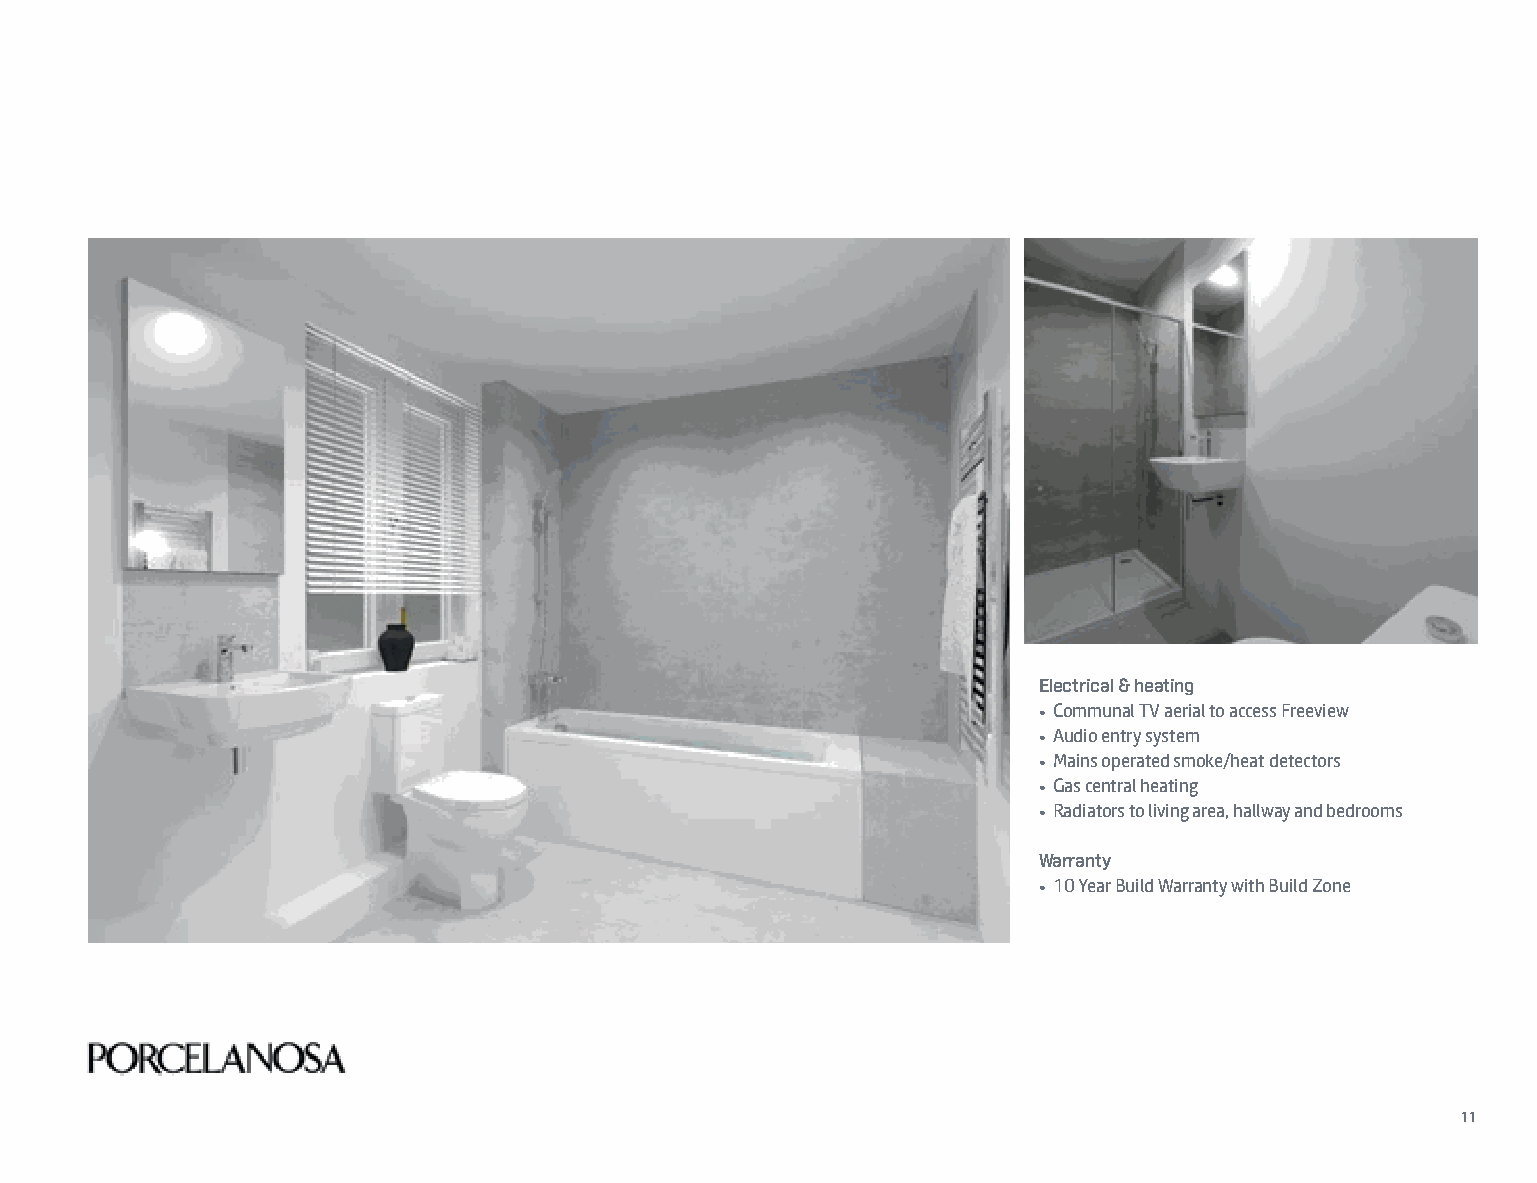
Electrical & heating
 • Communal TV aerial to access Freeview
 • Audio entry system
 • Mains operated smoke/heat detectors
 • Gas central heating
 • Radiators to living area, hallway and bedrooms
 Warranty
 • 10 Year Build Warranty with Build Zone
 11